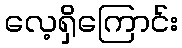
လေ့ရှိကြောင်း